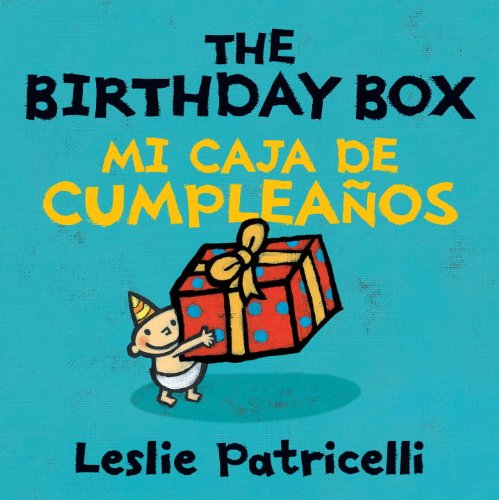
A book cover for The Birthday Box Mi Caja De Cumpleanos (Leslie Patricelli board books) (Spanish Edition); Leslie Patricelli; Children's Books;